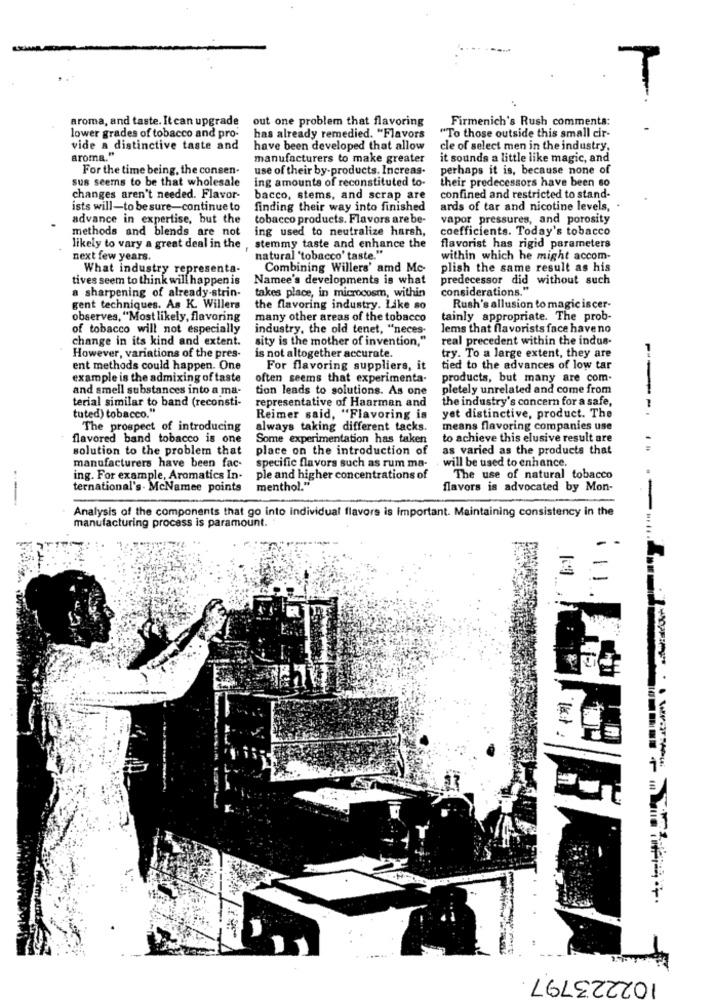
aroma, and taste. It can upgrade
out one problem that flavoring
Firmenich's Rush comments:
lower grades of tobacco and pro-
has already remedied. "Flavors
"To those outside this small cir-
vide a distinctive taste and
have been developed that allow
cle of select men in the industry,
aroma."
manufacturers to make greater
it sounds a little like magic, and
For the time being, the consen-
use of their by-products. Increas.
perhaps it is, because none of
sus seems to be that wholesale
ing amounts of reconstituted to-
their predecessors have been so
changes aren't needed. Flavor-
bacco, stems, and scrap are
confined and restricted to stand-
ists will-to be sure-continue to
finding their way into finished
ards of tar and nicotine levels,
advance in expertise, but the
tobacco products. Flavors are be-
vapor pressures, and porosity
methods and blends are not
ing used to neutralize harsh,
coefficients. Today's tobacco
likely to vary a great deal in the
stemmy taste and enhance the
flavorist has rigid parameters
next few years.
natural 'tobacco' taste."
within which he might accom-
What industry representa-
Combining Willers' amd Mc-
plish the same result as his
tives seem to think will happen is
Namee's developments is what
predecessor did without such
a sharpening of already-strin-
takes place, in microcosm, within
considerations."
gent techniques. As K. Willers
the flavoring industry. Like so
Rush's allusion to magic iscer-
observes, "Most likely, flavoring
many other areas of the tobacco
tainly appropriate. The prob-
of tobacco will not especially
industry, the old tenet, "neces-
lems that flavorists face have no
change in its kind and extent.
sity is the mother of invention,"
real precedent within the indus-
However, variations of the pres-
is not altogether accurate.
try. To a large extent, they are
ent methods could happen. One
For flavoring suppliers, it
tied to the advances of low tar
example is the admixing of taste
often seems that experimenta-
products, but many are com-
and smell substances into a ma-
tion leads to solutions. As one
pletely unrelated and come from
terial similar to band (reconsti-
representative of Haarman and
the industry's concern for a safe,
tuted) tobacco."
Reimer said, "Flavoring is
yet distinctive, product. The
---
The prospect of introducing
always taking different tacks.
means flavoring companies use
flavored band tobacco is one
Some experimentation has taken
to achieve this elusive result are
solution to the problem that
place on the introduction of
as varied as the products that
manufacturers have been fac-
specific flavors such as rum ma-
will be used to enhance.
ing. For example, Aromatics In.
ple and higher concentrations of
The use of natural tobacco
--
ternational's- McNamee points
menthol."
flavors is advocated by Mon-
Analysis of the components that go into individual flavors is Important. Maintaining consistency in the
manufacturing process is paramount.
--
102223797